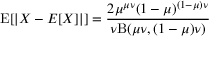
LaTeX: \operatorname { E } [ | X - E [ X ] | ] = { \frac { 2 \mu ^ { \mu \nu } ( 1 - \mu ) ^ { ( 1 - \mu ) \nu } } { \nu \mathrm { B } ( \mu \nu , ( 1 - \mu ) \nu ) } }